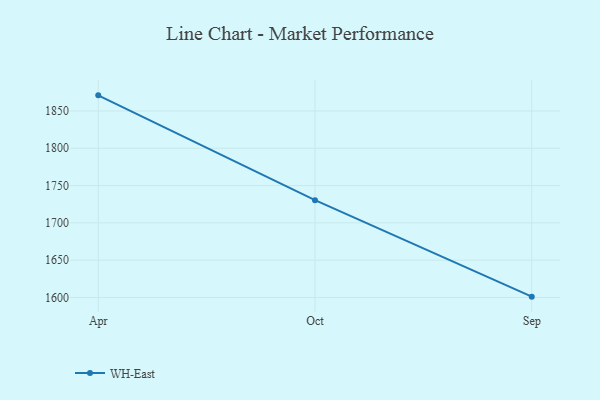
{"axis": {"x": "Month", "y": "Gross Profit (USD K)"}, "legend": ["WH-East"], "data": [{"x": "Apr", "y": 1870.9, "type": "WH-East"}, {"x": "Oct", "y": 1730.4, "type": "WH-East"}, {"x": "Sep", "y": 1601.1, "type": "WH-East"}]}